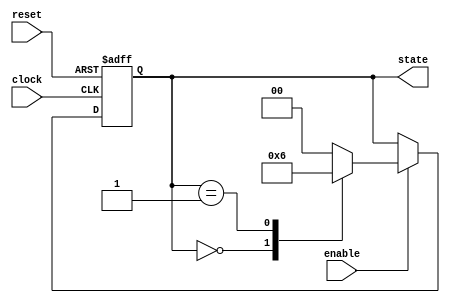
module synchronous_fsm (
    input wire clock,         // Clock signal
    input wire reset,         // Asynchronous reset signal
    input wire enable,        // Enable signal for state transitions
    output reg [1:0] state   // 2-bit state output
);

// State encoding
localparam STATE_IDLE = 2'b00,
           STATE_RUN  = 2'b01,
           STATE_DONE = 2'b10;

// Sequential logic block
always @(posedge clock or posedge reset) begin
    if (reset) begin
        // Asynchronous reset
        state <= STATE_IDLE; // Reset to IDLE state
    end else if (enable) begin
        // State transitions based on current state
        case (state)
            STATE_IDLE: begin
                state <= STATE_RUN; // Transition to RUN state
            end
            STATE_RUN: begin
                // Perform some operation in RUN state
                // For example, after some condition, transition to DONE
                state <= STATE_DONE; // Transition to DONE state
            end
            STATE_DONE: begin
                // Return to IDLE state after DONE
                state <= STATE_IDLE; // Transition back to IDLE state
            end
            default: begin
                state <= STATE_IDLE; // Default to IDLE state
            end
        endcase
    end
end

endmodule